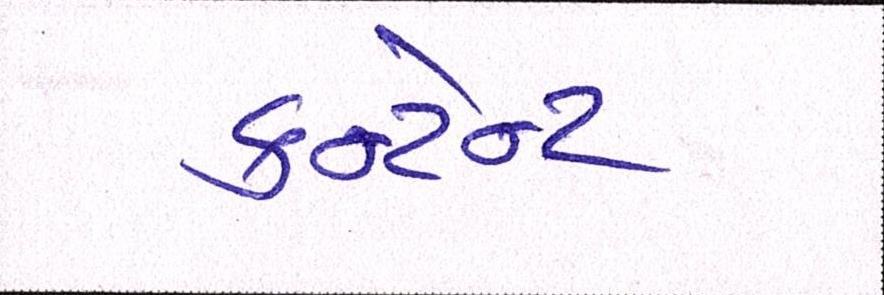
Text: કન્ટેન્ટ